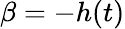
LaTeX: \beta=-h(t)